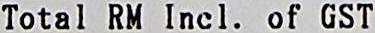
TOTAL RM INCL. OF GST